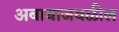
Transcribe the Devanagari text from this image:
अबाबाजवळील